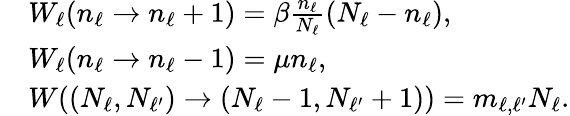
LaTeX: \begin{array}{rl}&{W_{\ell}(n_{\ell}\rightarrow n_{\ell}+1)=\beta\frac{n_{\ell}}{N_{\ell}}(N_{\ell}-n_{\ell}),}\\ &{W_{\ell}(n_{\ell}\rightarrow n_{\ell}-1)=\mu n_{\ell},}\\ &{W((N_{\ell},N_{\ell^{\prime}})\rightarrow(N_{\ell}-1,N_{\ell^{\prime}}+1))=m_{\ell,\ell^{\prime}}N_{\ell}.}\end{array}